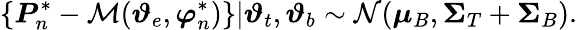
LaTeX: \{ \boldsymbol{P}_{n}^{*}-\mathcal{M}(\boldsymbol{\vartheta}_{e},\boldsymbol{\varphi}_{n}^{*})\} |\boldsymbol{\vartheta}_{t},\boldsymbol{\vartheta}_{b}\sim\mathcal{N}(\boldsymbol\mu_{B},\boldsymbol\Sigma_{T}+\boldsymbol\Sigma_{B}).